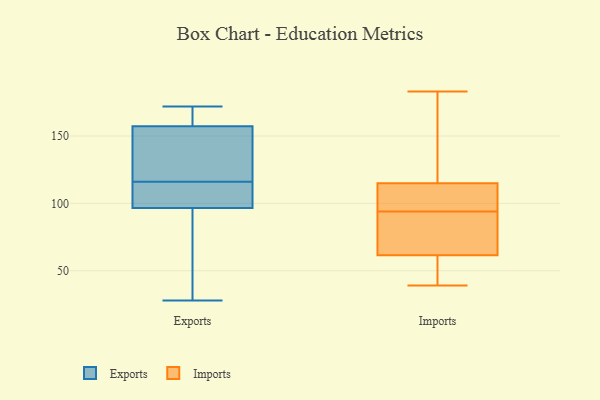
{"axis": {"x": "Active Users", "y": "Value"}, "legend": ["Exports", "Imports"], "data": [{"x": "", "y": 155, "type": "Exports"}, {"x": "", "y": 92, "type": "Exports"}, {"x": "", "y": 98, "type": "Exports"}, {"x": "", "y": 47, "type": "Exports"}, {"x": "", "y": 138, "type": "Exports"}, {"x": "", "y": 164, "type": "Exports"}, {"x": "", "y": 98, "type": "Exports"}, {"x": "", "y": 28, "type": "Exports"}, {"x": "", "y": 116, "type": "Exports"}, {"x": "", "y": 117, "type": "Exports"}, {"x": "", "y": 172, "type": "Exports"}, {"x": "", "y": 170, "type": "Exports"}, {"x": "", "y": 106, "type": "Exports"}, {"x": "", "y": 183, "type": "Imports"}, {"x": "", "y": 45, "type": "Imports"}, {"x": "", "y": 41, "type": "Imports"}, {"x": "", "y": 87, "type": "Imports"}, {"x": "", "y": 125, "type": "Imports"}, {"x": "", "y": 39, "type": "Imports"}, {"x": "", "y": 104, "type": "Imports"}, {"x": "", "y": 89, "type": "Imports"}, {"x": "", "y": 147, "type": "Imports"}, {"x": "", "y": 78, "type": "Imports"}, {"x": "", "y": 105, "type": "Imports"}, {"x": "", "y": 99, "type": "Imports"}]}